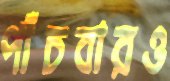
পাঁচবারও